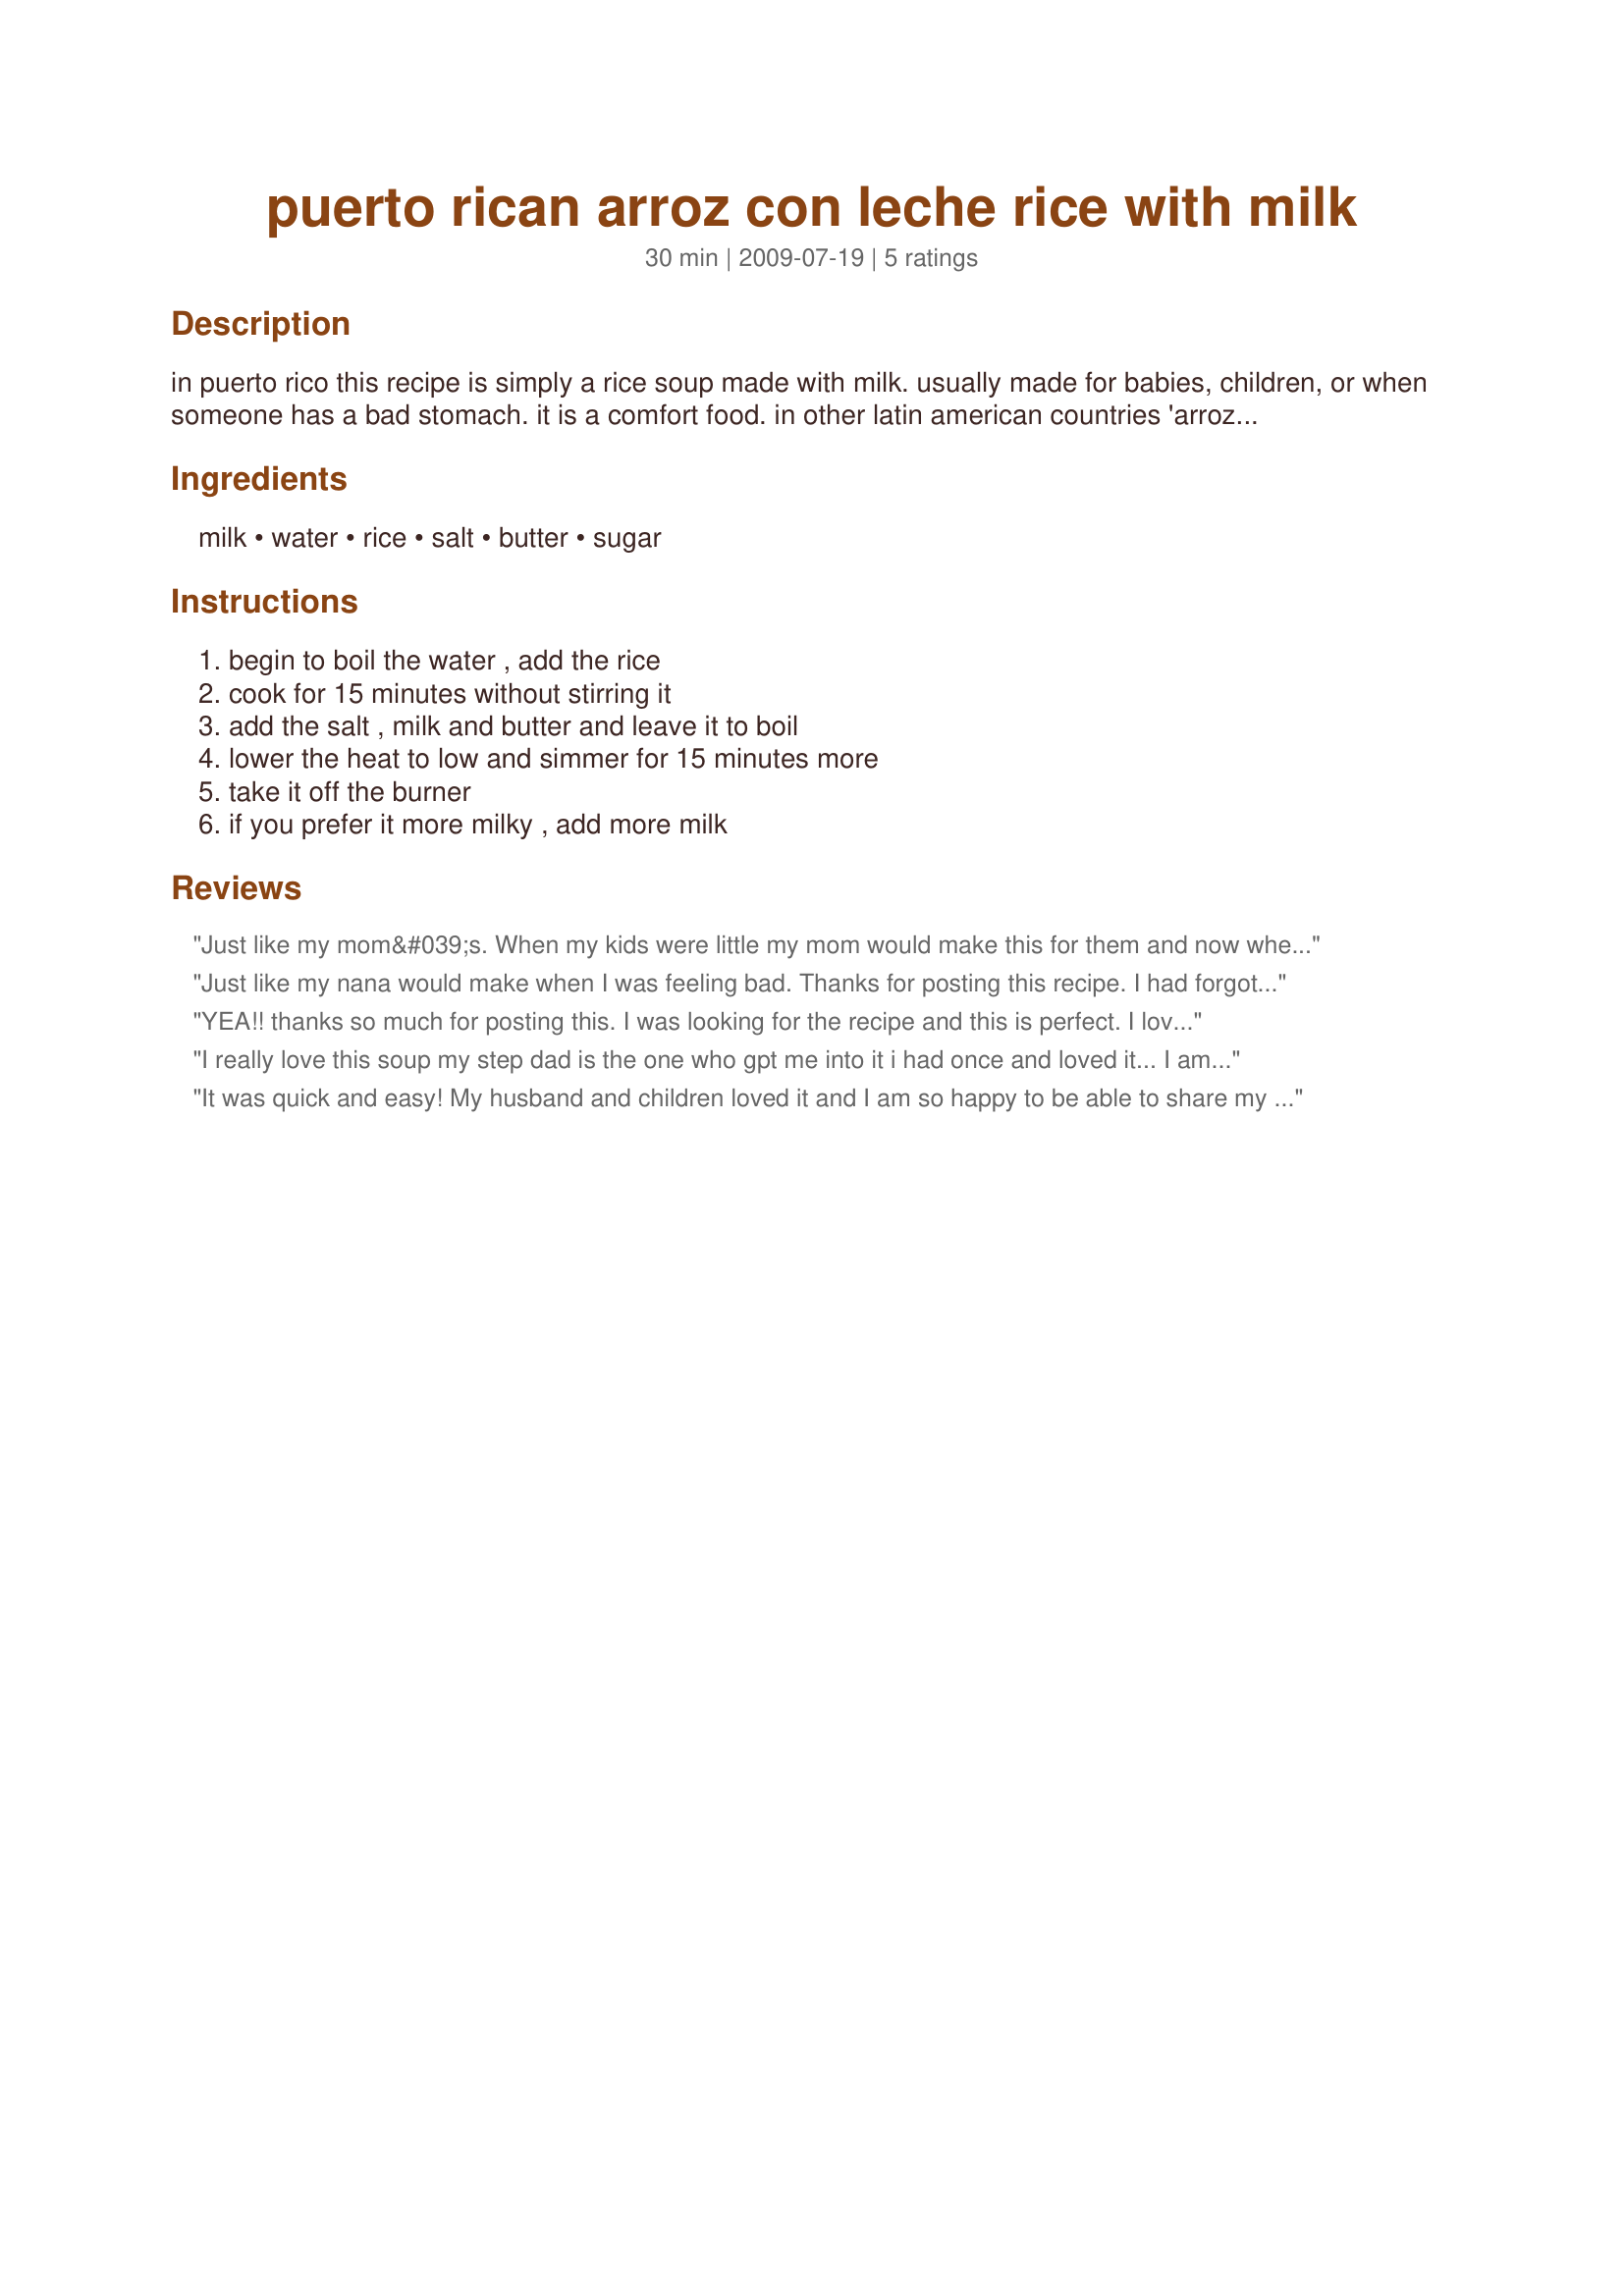
puerto rican arroz con leche rice with milk
Preparation time: 30 minutes

in puerto rico this recipe is simply a rice soup made with milk. usually made for babies, children, or when someone has a bad stomach. it is a comfort food. in other latin american countries 'arroz con leche' might be a dessert made with sugar and cinnamon. our rice dessert is called arroz con dulce, made with coconut.

Ingredients:
milk, water, rice, salt, butter, sugar

Steps:
begin to boil the water , add the rice, cook for 15 minutes without stirring it, add the salt , milk and butter and leave it to boil, lower the heat to low and simmer for 15 minutes more, take it off the burner, if you prefer it more milky , add more milk

Reviews:
Just like my mom&#039;s. When my kids were little my mom would make this for them and now whenever they need Abuela&#039;s comfort this is the go to recipe. Today my son is home sick with an uneasy stomach and I needed a reference recipe. Thanks for including it. It&#039;s great to have the proportions since I forget them. We don&#039;t use sugar.
Just like my nana would make when I was feeling bad. Thanks for posting this recipe. I had forgoten how to make it.
YEA!! thanks so much for posting this. I was looking for the recipe and this is perfect. I loved it as a child and wanted to make it for my little boy, but I had never learned how to cook my mom's wonderful Puerto Rican food, and so didn't even know where to begin. He loved it!! And he's a picky little guy. We didn't use the sugar but otherwise followed our direction exactly. I poured more milk on after it was cooked to help cool it and to make it more "soup like". It brought back such childhood memories (for those of you who didn't grow up with this, it's not going to be a flavorful meal, but it really is great for those sour little tummies or just as a quick soup on a cold day).
I really love this soup my step dad is the one who gpt me into it i had once and loved it... I am so glad i found this receipe thank you now my grand kids are gonna try it with tbe cinnamon
It was quick and easy! My husband and children loved it and I am so happy to be able to share my traditional dessert with the family. Thank you so much. Now I know where to go for all my delicious but forgotten recipes!
